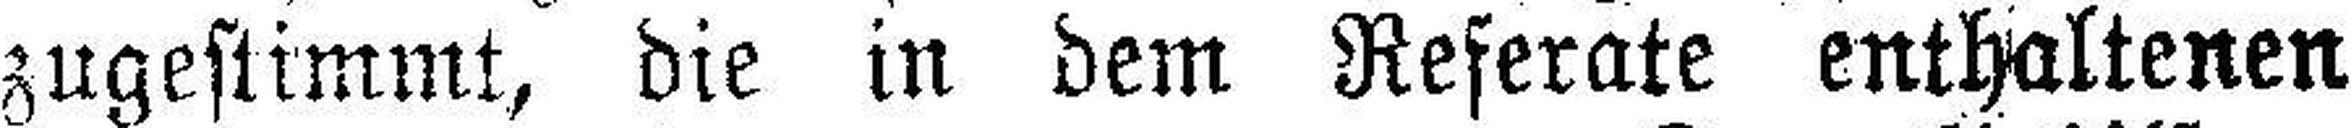
zugestimmt, die in dem Referate enthaltenen